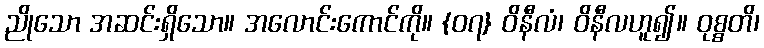
ညိုသော အဆင်းရှိသော။ အလောင်းကောင်ကို။ {၀၇} ဝိနီလံ၊ ဝိနီလဟူ၍။ ဝုစ္စတိ၊